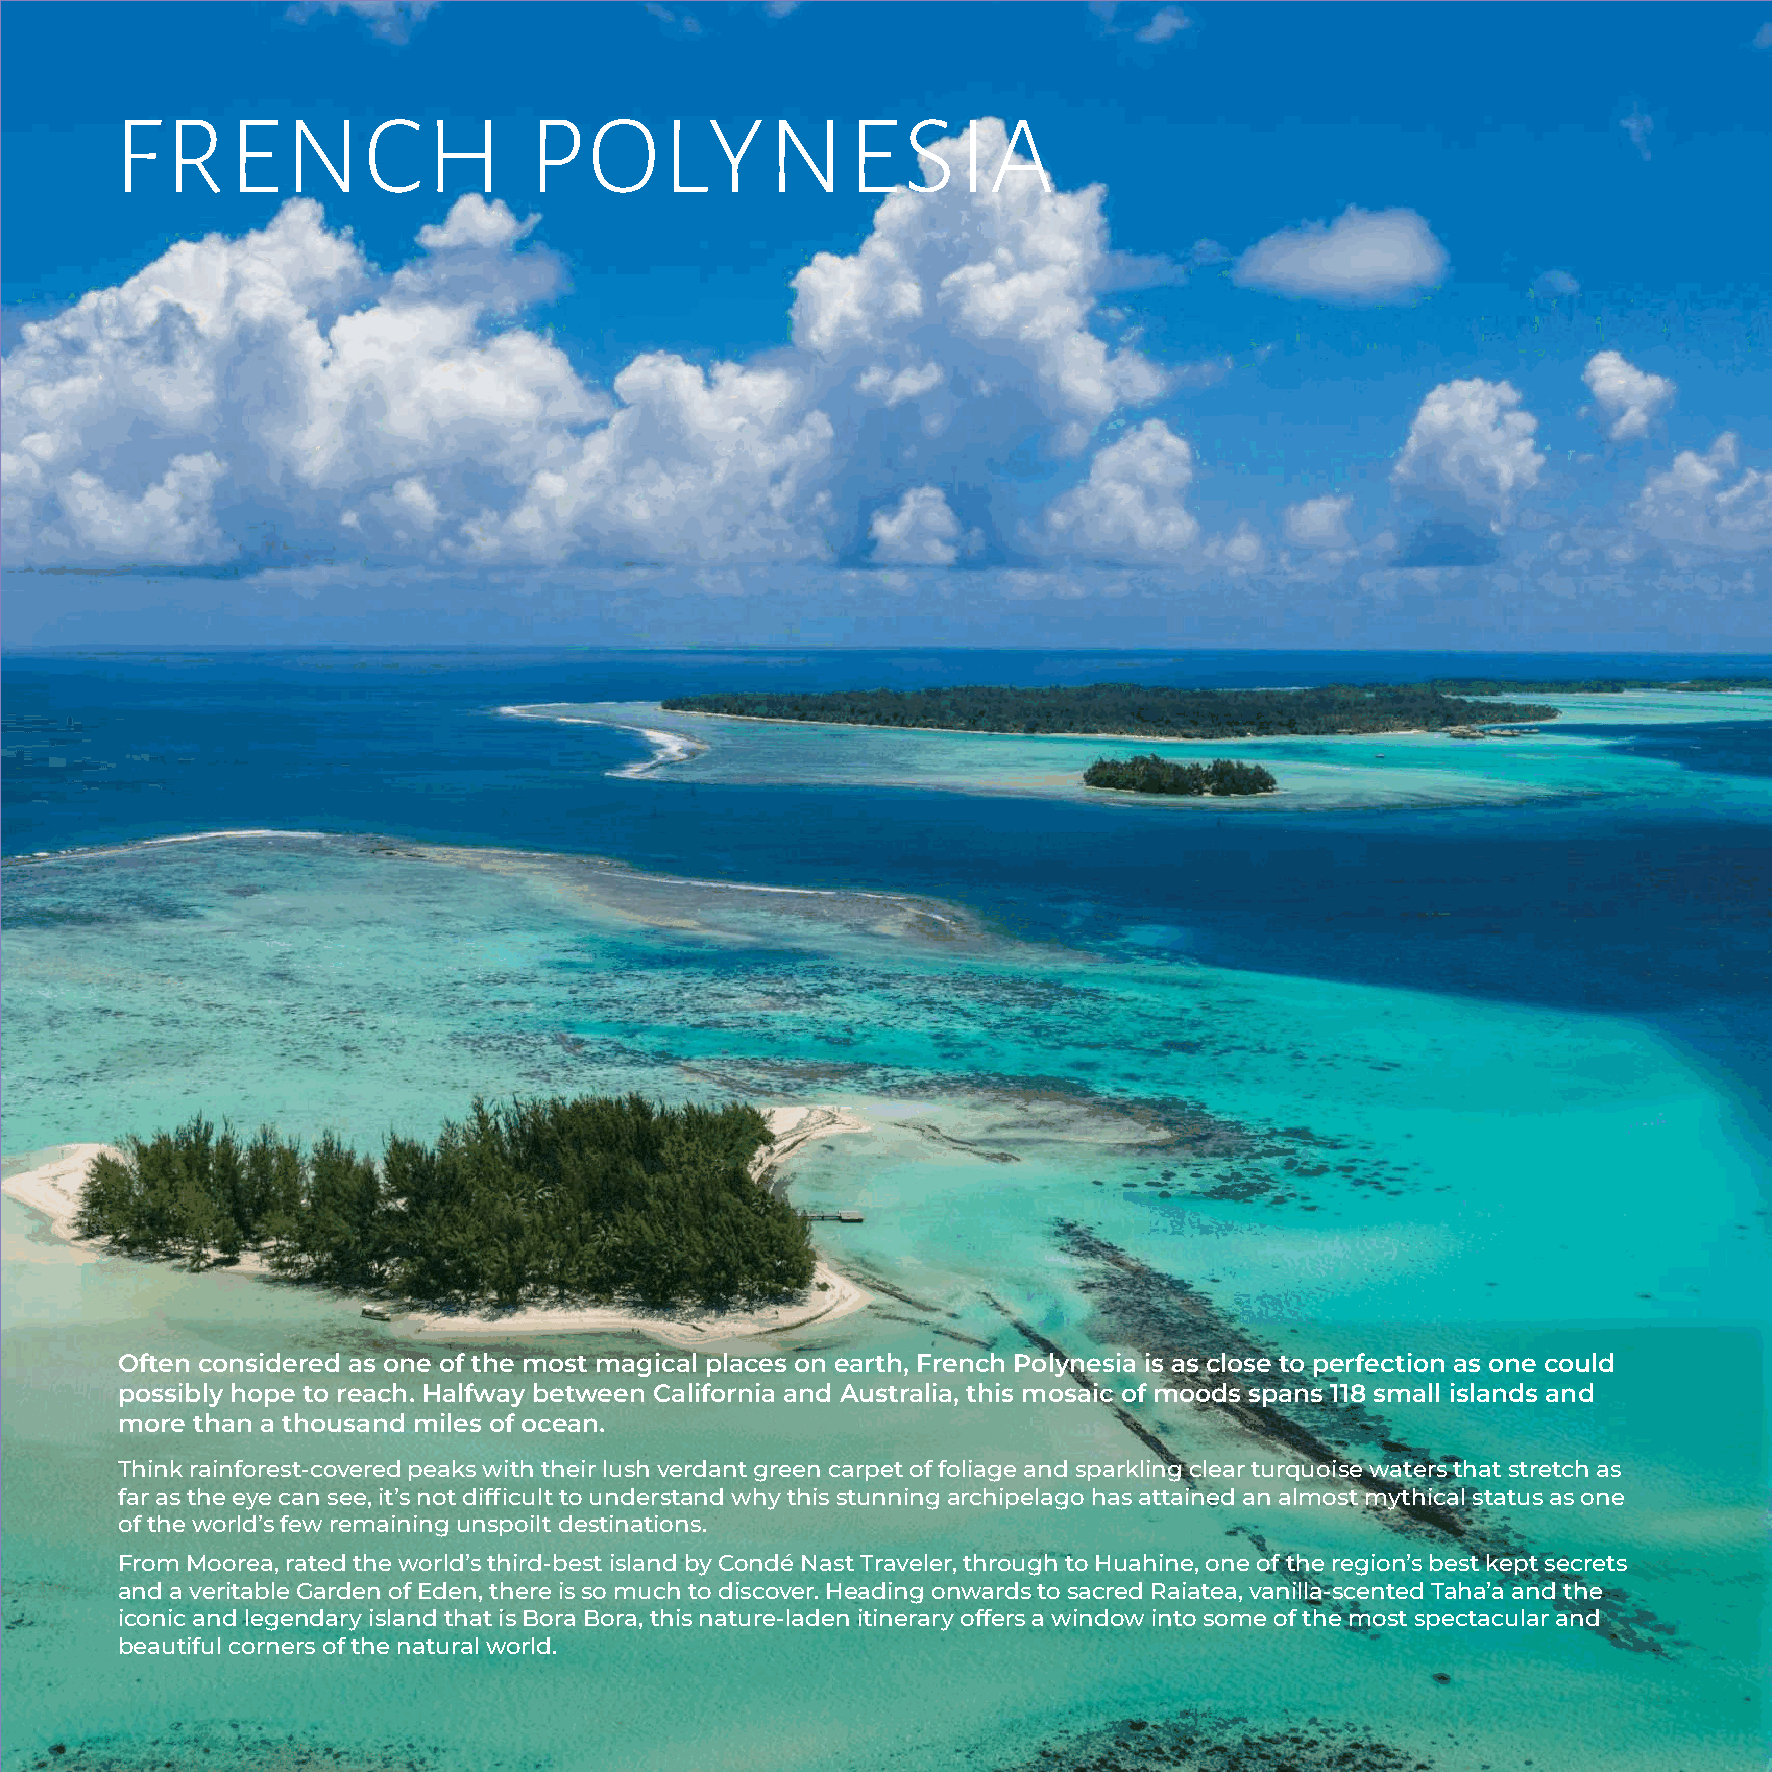
FRENCH                     POLYNESIA
 Often considered as one of the most magical places on earth, French Polynesia is as close to perfection as one could
 possibly hope to reach. Halfway between California and Australia, this mosaic of moods spans 118 small islands and
 more than a thousand miles of ocean.
 Think rainforest-covered peaks with their lush verdant green carpet of foliage and sparkling clear turquoise waters that stretch as
 far as the eye can see, it’s not difficult to understand why this stunning archipelago has attained an almost mythical status as one
 of the world’s few remaining unspoilt destinations.
 From Moorea, rated the world’s third-best island by Condé Nast Traveler, through to Huahine, one of the region’s best kept secrets
 and a veritable Garden of Eden, there is so much to discover. Heading onwards to sacred Raiatea, vanilla-scented Taha’a and the
 iconic and legendary island that is Bora Bora, this nature-laden itinerary offers a window into some of the most spectacular and
 beautiful corners of the natural world.
 58